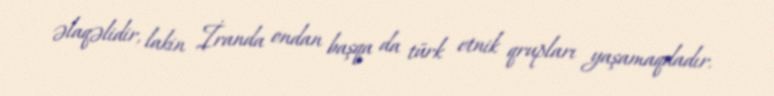
əlaqəlidir, lakin İranda ondan başqa da türk etnik qrupları yaşamaqdadır.